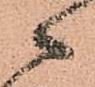
々